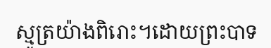
ស្មូត្រយ៉ាងពិរោះ។ដោយព្រះបាទ